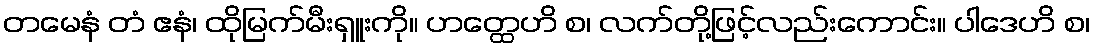
တမေနံ တံ ဧနံ၊ ထိုမြက်မီးရှူးကို။ ဟတ္ထေဟိ စ၊ လက်တို့ဖြင့်လည်းကောင်း။ ပါဒေဟိ စ၊